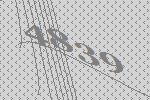
4839